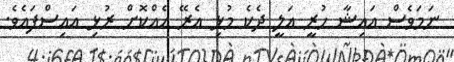
ނަމަވެސް އައިޝާ ހުރީ އަލީ ދެކެ މުޅި އެރޭ އެއްކޮށް ރުޅި އައިސްފައެވެ.